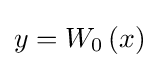
y=W_{0}\left(x\right)